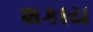
શકાય